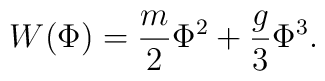
W(\Phi) = \frac{m}{2} \Phi^2 + \frac{g}{3} \Phi^3.